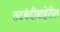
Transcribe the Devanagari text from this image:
तटबंदीबाहेरील